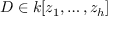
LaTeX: D \in k [ z _ { 1 } , \ldots , z _ { h } ]